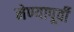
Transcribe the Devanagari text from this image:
नेण्यापूर्वी